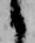
候